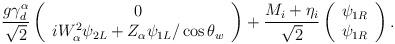
LaTeX: \begin{align*}\frac{g\gamma _{d}^{\alpha }}{\sqrt{2}}\left( \begin{array}{c}0 \\ iW_{\alpha }^{2}\psi _{2L}+Z_{\alpha }\psi _{1L}/\cos \theta _{w}\end{array}\right) +\frac{M_{i}+\eta _{i}}{\sqrt{2}}\left( \begin{array}{c}\psi _{1R} \\ \psi _{1R}\end{array}\right) . \end{align*}